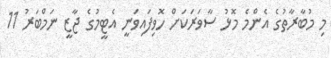
މި މުބާރާތުގެ އެންމެ މޮޅު ސާވަރަކަށް ހޮވިފައިވަނީ އެޓީމުގެ ޖާޒީ ނަމްބަރު 11